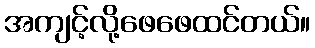
အကျင့်လို့ဖေဖေထင်တယ်။